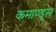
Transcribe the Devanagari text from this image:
कमाण्ड्स